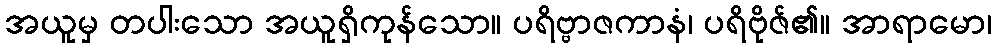
အယူမှ တပါးသော အယူရှိကုန်သော။ ပရိဗ္ဗာဇကာနံ၊ ပရိဗိုဇ်၏။ အာရာမော၊